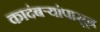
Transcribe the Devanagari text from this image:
कादंबऱ्यांपासून